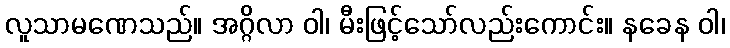
လူသာမဏေသည်။ အဂ္ဂိလာ ဝါ၊ မီးဖြင့်သော်လည်းကောင်း။ နခေန ဝါ၊